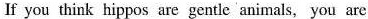
If you think hippos are gentlc animals, you are